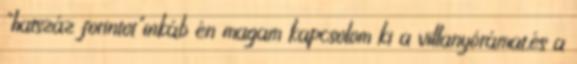
"hatszáz forintot"inkáb én magam kapcsolom ki a villanyórámat,és a